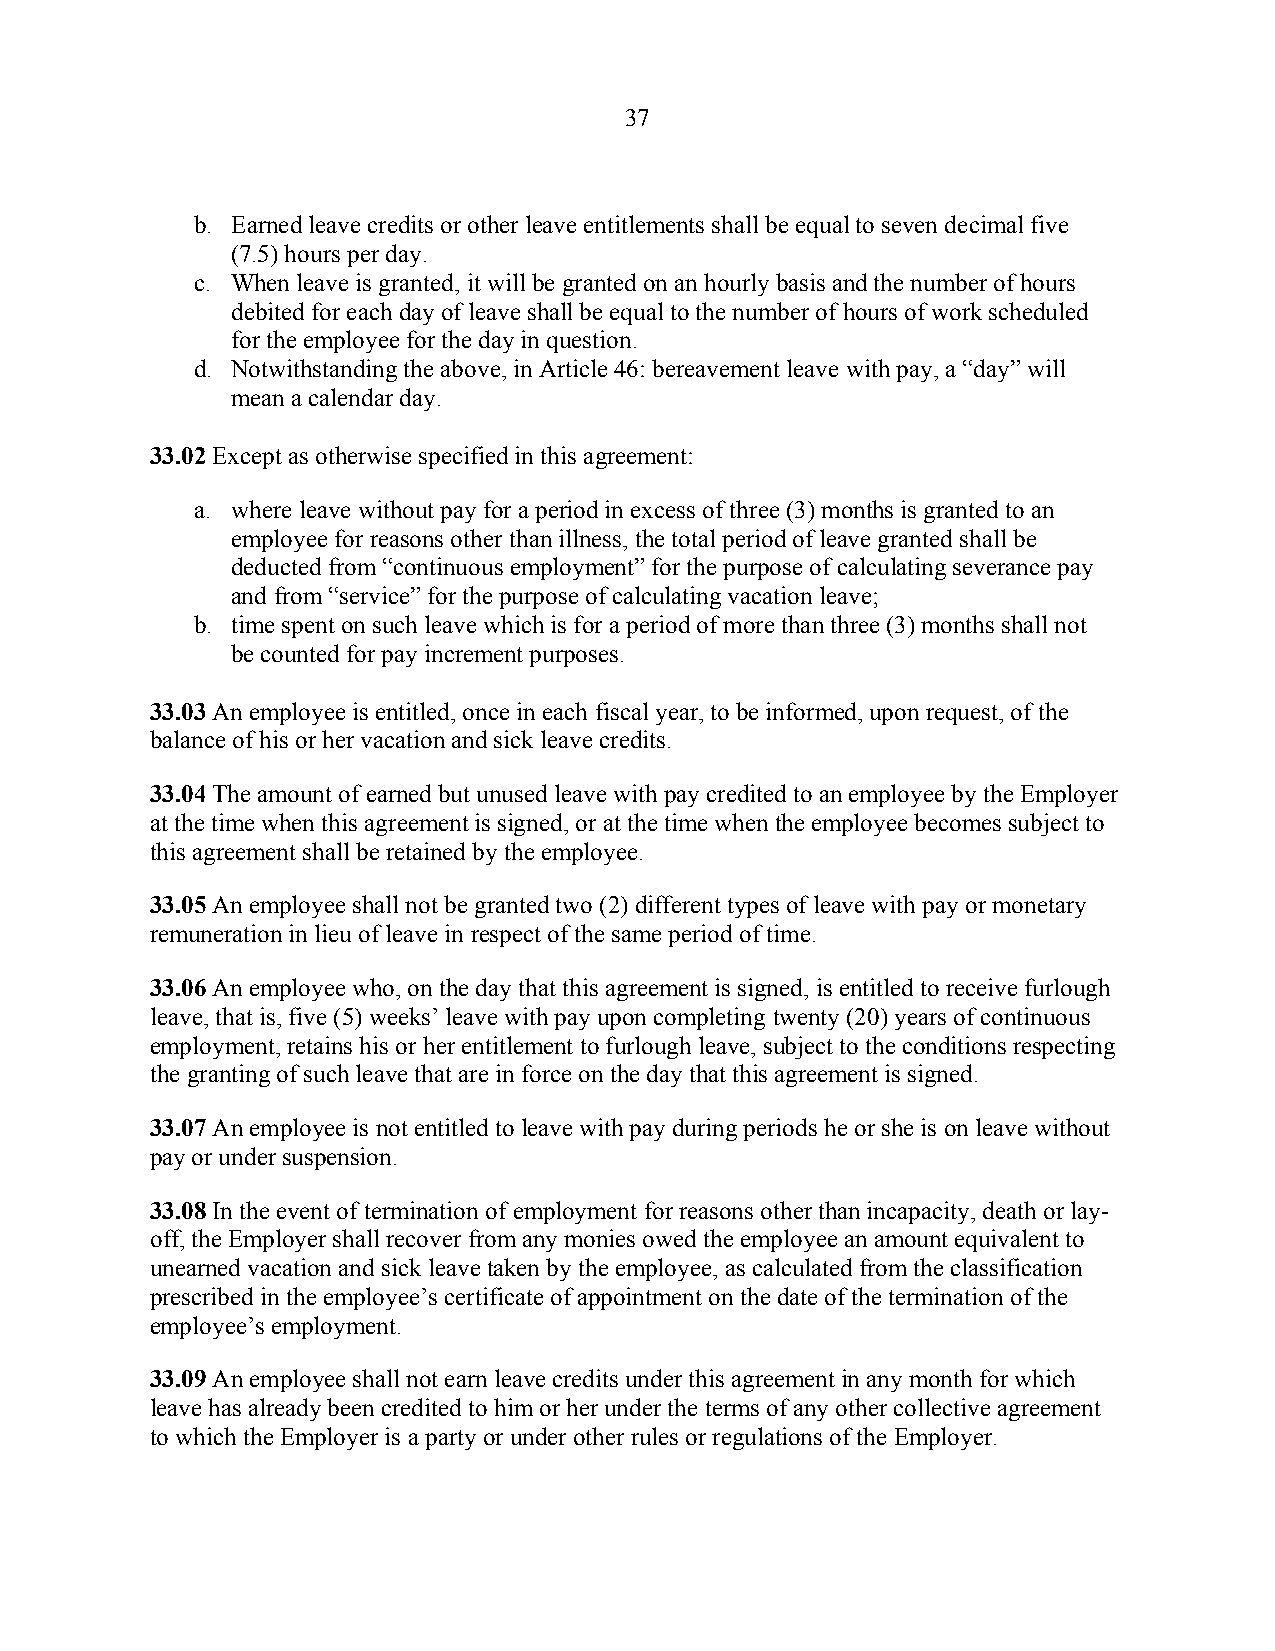
37
 b. Earned leave credits or other leave entitlements shall be equal to seven decimal five
 (7.5) hours per day.
 c. When leave is granted, it will be granted on an hourly basis and the number of hours
 debited for each day of leave shall be equal to the number of hours of work scheduled
 for the employee for the day in question.
 d. Notwithstanding the above, in Article 46: bereavement leave with pay, a “day” will
 mean a calendar day.
 33.02 Except as otherwise specified in this agreement:
 a. where leave without pay for a period in excess of three (3) months is granted to an
 employee for reasons other than illness, the total period of leave granted shall be
 deducted from “continuous employment” for the purpose of calculating severance pay
 and from “service” for the purpose of calculating vacation leave;
 b. time spent on such leave which is for a period of more than three (3) months shall not
 be counted for pay increment purposes.
 33.03 An employee is entitled, once in each fiscal year, to be informed, upon request, of the
 balance of his or her vacation and sick leave credits.
 33.04 The amount of earned but unused leave with pay credited to an employee by the Employer
 at the time when this agreement is signed, or at the time when the employee becomes subject to
 this agreement shall be retained by the employee.
 33.05 An employee shall not be granted two (2) different types of leave with pay or monetary
 remuneration in lieu of leave in respect of the same period of time.
 33.06 An employee who, on the day that this agreement is signed, is entitled to receive furlough
 leave, that is, five (5) weeks’ leave with pay upon completing twenty (20) years of continuous
 employment, retains his or her entitlement to furlough leave, subject to the conditions respecting
 the granting of such leave that are in force on the day that this agreement is signed.
 33.07 An employee is not entitled to leave with pay during periods he or she is on leave without
 pay or under suspension.
 33.08 In the event of termination of employment for reasons other than incapacity, death or lay-
 off, the Employer shall recover from any monies owed the employee an amount equivalent to
 unearned vacation and sick leave taken by the employee, as calculated from the classification
 prescribed in the employee’s certificate of appointment on the date of the termination of the
 employee’s employment.
 33.09 An employee shall not earn leave credits under this agreement in any month for which
 leave has already been credited to him or her under the terms of any other collective agreement
 to which the Employer is a party or under other rules or regulations of the Employer.